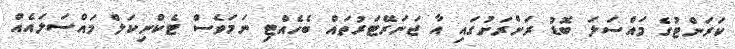
ކަރަންޓުގެ މައްސަލަ ބޮޑު ރަށްރަށުގައި އާ ޖަނަރޭޓަރުތައް ބެހެއްޓި ނަމަވެސް ޓެކްނިކަލް މައްސަލައެއް